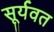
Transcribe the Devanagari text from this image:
सूर्यवत